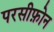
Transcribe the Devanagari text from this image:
परसीफ़ोन